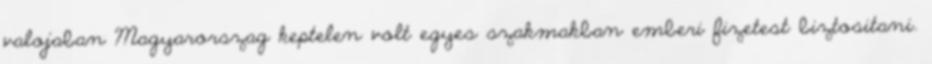
valojaban Magyarorszag keptelen volt egyes szakmakban emberi fizetest biztositani.